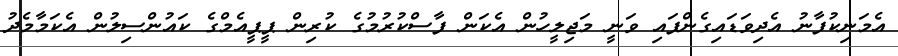
އެމަނިކުފާނު އެދިވަޑައިގެންފައި ވަނީ މަޖިލީހުން އެކަން ފާސްކުރުމުގެ ކުރިން ޕީޕީއެމްގެ ކައުންސިލުން އެކަމާމެދު